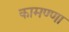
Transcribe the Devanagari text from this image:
कामण्णा